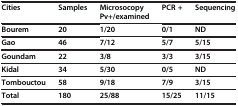
| Cities | Samples | Microsocopy Pv+/examined | PCR + | Sequencing |
 | --- | --- | --- | --- | --- |
 | Bourem | 20 | 1/20 | 0/1 | ND |
 | Gao | 46 | 7/12 | 5/7 | 5/15 |
 | Goundam | 22 | 3/8 | 3/3 | 3/15 |
 | Kidal | 34 | 5/30 | 0/5 | ND |
 | Tombouctou | 58 | 9/18 | 7/9 | 3/15 |
 | Total | 180 | 25/88 | 15/25 | 11/15 |